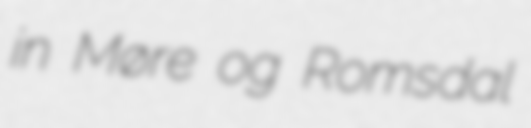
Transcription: in Møre og Romsdal